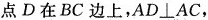
点D在BC边上，AD⊥AC，____。